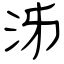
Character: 泲